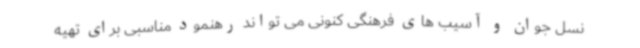
نسل جوان و آسیب های فرهنگی کنونی می تواند رهنمود مناسبی برای تهیه